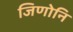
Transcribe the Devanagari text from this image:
जिणोनि